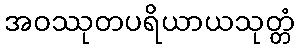
အဝဿုတပရိယာယသုတ္တံ